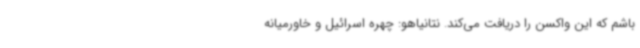
باشم که این واکسن را دریافت می‌کند. نتانیاهو: چهره اسرائیل و خاورمیانه